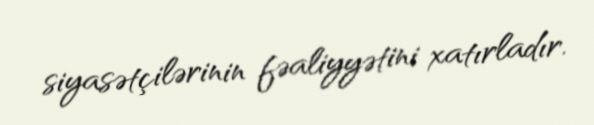
siyasətçilərinin fəaliyyətini xatırladır.